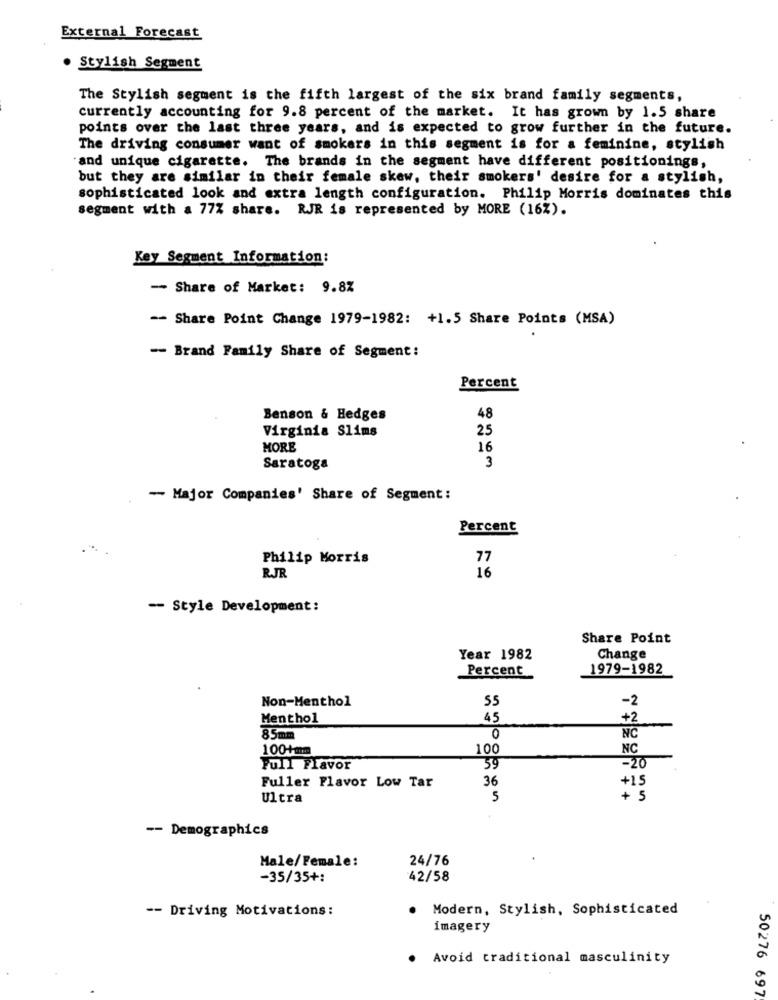
External Forecast
· Stylish Segment
The Stylish segment is the fifth largest of the six brand family segments,
currently accounting for 9.8 percent of the market. It has grown by 1.5 share
points over the last three years, and is expected to grow further in the future.
The driving consumer want of smokers in this segment is for a feminine, stylish
and unique cigarette. The brands in the segment have different positionings,
but they are similar in their female skew, their smokers' desire for a stylish,
sophisticated look and extra length configuration. Philip Morris dominates this
segment with a 77% share. RJR is represented by MORE (16%).
Key Segment Information:
- Share of Market: 9.8%
-- Share Point Change 1979-1982: +1.5 Share Points (MSA)
-- Brand Family Share of Segment:
Percent
Benson & Hedges
48
25
Virginia Slims
MORE
16
3
Saratoga
- Major Companies' Share of Segment:
Percent
Philip Morris
77
16
RJR
-- Style Development:
Share Point
Year 1982
Change
1979-1982
Percent
Non-Menthol
55
-2
Menthol
45
+2
85mm
0
NC
100-+mm
100
NC
Full Flavor
59
=20
36
+15
Fuller Flavor Low Tar
Ultra
5
+ 5
-- Demographics
Male/Female:
24/76
-35/35+:
42/58
-- Driving Motivations:
Modern, Stylish, Sophisticated
imagery
Avoid traditional masculinity
50276 697